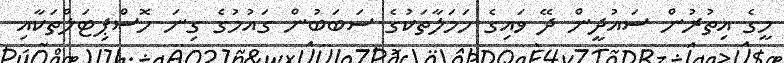
މީގެ އިތުރުން ސައުދީން ދޭ ވައިގެ ހަމަލާތަކުގެ ސަބަބުން ގައުމުގެ ގިނަ ހޮސްޕިޓަލްތަކާއި